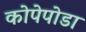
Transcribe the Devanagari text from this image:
कोपेपोडा